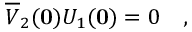
\overline { { { \cal V } } } _ { 2 } ( { \bf 0 } ) { \cal U } _ { 1 } ( { \bf 0 } ) = 0 \quad ,